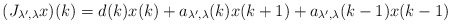
\begin{align*} (J_{\lambda',\lambda}x)(k)=d(k)x(k)+a_{\lambda',\lambda}(k)x(k+1)+a_{\lambda',\lambda}(k-1)x(k-1)\end{align*}